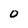
Character: 0